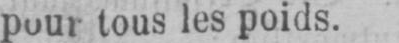
pour tous les poids.